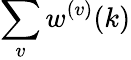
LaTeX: \sum_{v}w^{(v)}(k)